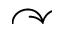
\curvearrowright